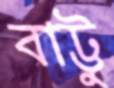
বাট্টু